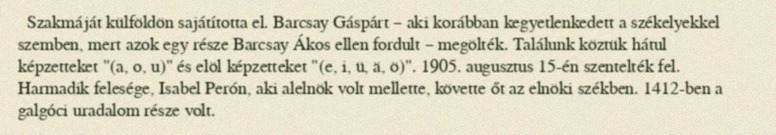
Szakmáját külföldön sajátította el. Barcsay Gáspárt – aki korábban kegyetlenkedett a székelyekkel szemben, mert azok egy része Barcsay Ákos ellen fordult – megölték. Találunk köztük hátul képzetteket "(a, o, u)" és elöl képzetteket "(e, i, ü, ä, ö)". 1905. augusztus 15-én szentelték fel. Harmadik felesége, Isabel Perón, aki alelnök volt mellette, követte őt az elnöki székben. 1412-ben a galgóci uradalom része volt.